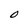
Character: O